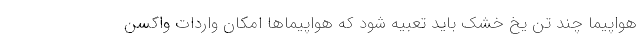
هواپیما چند تن یخ خشک باید تعبیه شود که هواپیماها امکان واردات واکسن